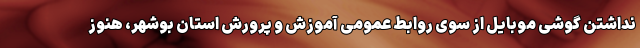
نداشتن گوشی موبایل از سوی روابط عمومی آموزش و پرورش استان بوشهر، هنوز